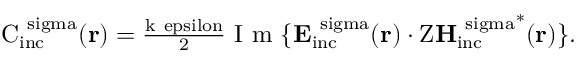
\begin{array} { r } { \mathrm { { C } _ { \mathrm { { i n c } } } ^ { \ s i g m a } ( { \bf r } ) = \frac { k \ e p s i l o n } { 2 } \mathrm { ~ I ~ m ~ } \{ { \bf E } _ { \mathrm { { i n c } } } ^ { \ s i g m a } ( { \bf r } ) \cdot Z { { \bf H } _ { \mathrm { { i n c } } } ^ { \ s i g m a } } ^ { * } ( { \bf r } ) \} . } } \end{array}